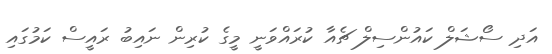
އަދި ސޯޝަލް ކައުންސިލް ޗެއާ ކުރައްވަނީ މީގެ ކުރިން ނައިބު ރައީސް ކަމުގައި